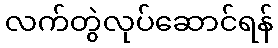
လက်တွဲလုပ်ဆောင်ရန်